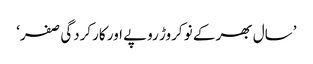
’سال بھر کے نو کروڑ روپے اور کارکردگی صفر‘